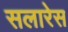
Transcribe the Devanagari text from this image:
सलारेस